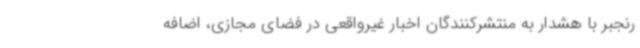
رنجبر با هشدار به منتشرکنندگان اخبار غیرواقعی در فضای مجازی، اضافه